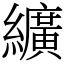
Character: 纊